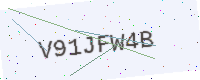
Text: V91JFW4B